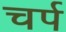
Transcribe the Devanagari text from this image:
चर्प